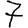
Digit: 7